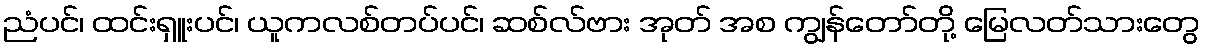
ညံပင်၊ ထင်းရှူးပင်၊ ယူကလစ်တပ်ပင်၊ ဆစ်လ်ဗား အုတ် အစ ကျွန်တော်တို့ မြေလတ်သားတွေ